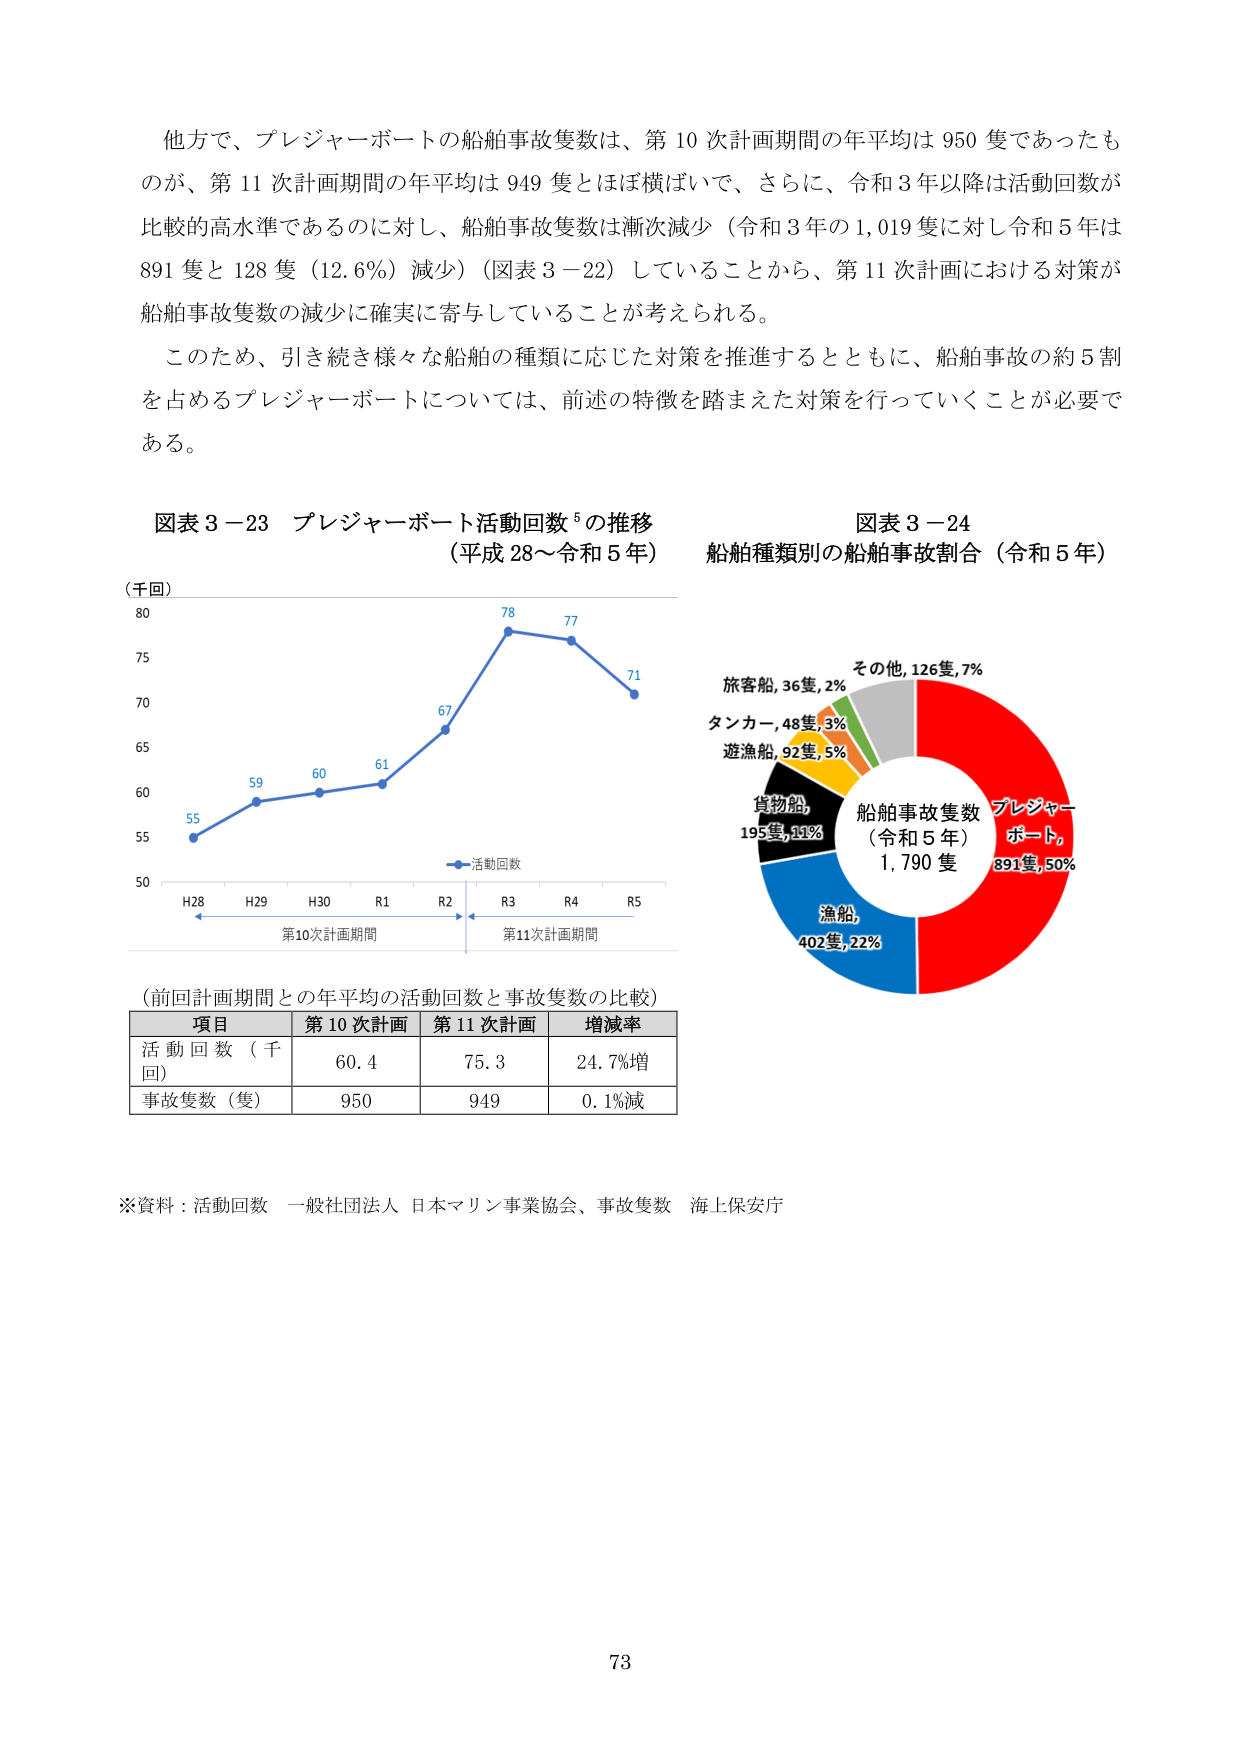
他方で、プレジャーボートの船舶事故隻数は、第10次計画期間の年平均は950隻であったもののが、第11次計画期間の年平均は949隻とはほぼ横ばいで、さらに、令和3年以降は活動回数が比較的高水準であるのに対し、船舶事故隻数は漸次減少（令和3年の1,019隻に対し令和5年は891隻と128隻（12.6%）減少）（図表3－22）していることから、第11次計画における対策が船舶事故隻数の減少に確実に寄与していることが考えられる。

このため、引き続き様々な船舶の種類に応じた対策を推進するとともに、船舶事故の約5割を占めるプレジャーボートについては、前述の特徴を踏まえた対策を行っていくことが必要である。

図表3－23 プレジャーボート活動回数⁵の推移
（平成28～令和5年）

（千回）
80
75
70
65
60
55
50
55 59 60 61 67 78 77 71
H28 H29 H30 R1 R2 R3 R4 R5
第10次計画期間 第11次計画期間
活動回数

図表3－24
船舶種類別の船舶事故割合（令和5年）

旅客船,36隻,2%
タンカー,48隻,3%
遊漁船,92隻,5%
貨物船,195隻,11%
漁船,402隻,22%
その他,126隻,7%
プレジャーボート,891隻,50%
船舶事故隻数
（令和5年）
1,790隻

（前回計画期間との年平均の活動回数と事故隻数の比較）
項目 第10次計画 第11次計画 増減率
活動回数（千回） 60.4 75.3 24.7%増
事故隻数（隻） 950 949 0.1%減

※資料：活動回数 一般社団法人 日本マリン事業協会、事故隻数 海上保安庁

73